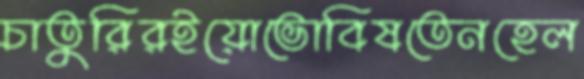
চাতুরিরইয়োভোবিষতেনহেল